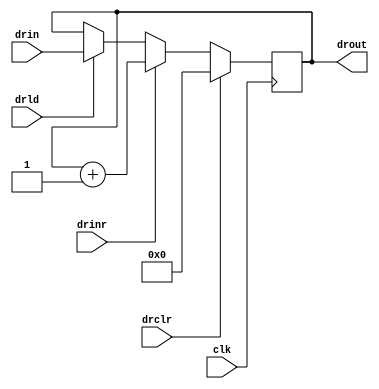
`timescale 1ns/100ps

module dr(drld, drclr, drinr, clk, drin, drout);

input [15:0] drin;
output [15:0] drout;
input drclr, drinr, drld;
input clk;

reg [15:0] r_dr;

initial
begin
	#1 r_dr <= 0;
end

assign drout = r_dr;

always@(posedge clk)
begin
	if(drclr) r_dr <= 0;
	else if(drinr) r_dr <= r_dr + 1;
	else /*#5*/ if(drld) r_dr <= drin;
end


endmodule